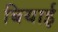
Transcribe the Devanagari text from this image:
बियाई